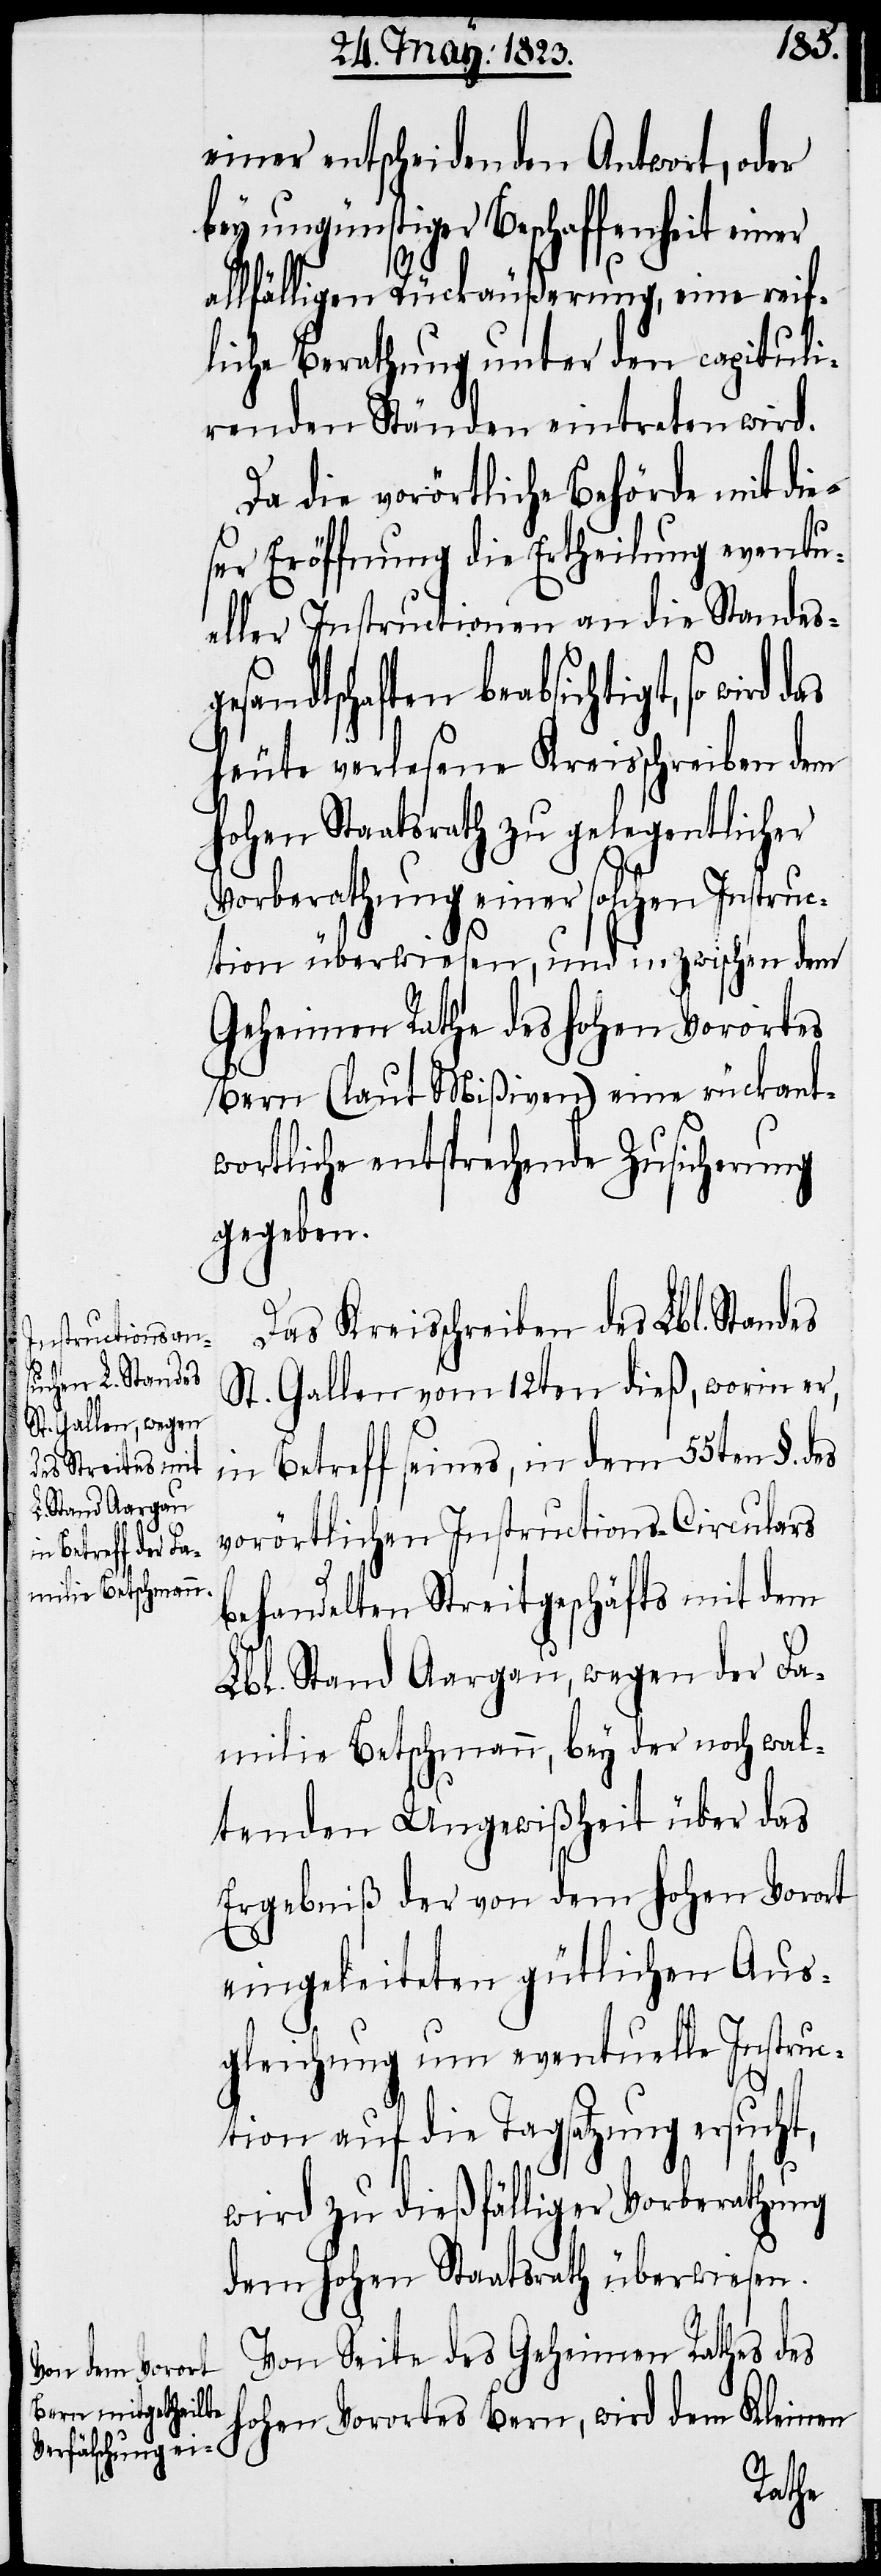
einer entscheidenden Antwort, oder
bey ungünstiger Beschaffenheit einer
allfälligen Rückäußerung, eine reif¬
liche Berathung unter den capituli¬
renden Ständen eintreten wird.
Da die vorörtliche Behörde mit die¬
ser Eröffnung die Ertheilung eventue¬
ller Instructionen an die Standesge¬
sandtschaften beabsichtigt, so wird
heute verlesene Kreisschreiben dem
hohen Staatsrath zu gelegentlicher
Vorberathung einer solchen Instruc¬
tion überwiesen, und inzwischen dem
Geheimen Rathe des hohen Vorortes
Bern (laut Mißiven) eine rückant¬
wortliche entsprechende Zusicherung
gegeben.
Das Kreisschreiben des Lbl. Standes
St. Gallen vom 12ten dieß, worin er,
in Betreff seines, in dem 55[s]ten
vorörtlichen Instructions-Circulars
behandelten Streitgeschäfts mit dem
Lbl. Stand Aargau, wegen der Fa¬
milie Betschmann, bey der noch wal¬
tenden Ungewißheit über das
Ergebniß der von dem hohen Vorort
eingeleiteten gütlichen Aus¬
gleichung um eventuelle Instruc¬
tion auf die Tagsatzung ersucht,
wird zu dießfälliger Vorberathung
dem hohen Staatsrath überwiesen.
Von Seite des Geheimen Rathes des
hohen Vorortes Bern, wird dem Kleinen